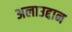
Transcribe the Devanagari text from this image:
अलाउद्दान